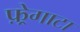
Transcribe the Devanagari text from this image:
फ़्रेगाटा